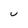
Character: U